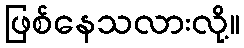
ဖြစ်နေသလားလို့။